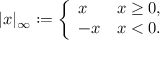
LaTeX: | x | _ { \infty } : = { \left\{ \begin{array} { l l } { x } & { x \geq 0 , } \\ { - x } & { x < 0 . } \end{array} \right. }